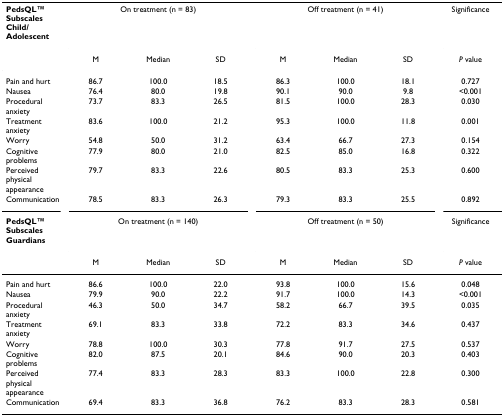
<table><thead><tr><td><b>PedsQLTM Subscales Child/Adolescent</b></td><td colspan="3"><b>On treatment (n = 83)</b></td><td colspan="3"><b>Off treatment (n = 41)</b></td><td><b>Significance</b></td></tr><tr><td></td><td><b>M</b></td><td><b>Median</b></td><td><b>SD</b></td><td><b>M</b></td><td><b>Median</b></td><td><b>SD</b></td><td><b><i>P </i>value</b></td></tr></thead><tbody><tr><td>Pain and hurt</td><td>86.7</td><td>100.0</td><td>18.5</td><td>86.3</td><td>100.0</td><td>18.1</td><td>0.727</td></tr><tr><td>Nausea</td><td>76.4</td><td>80.0</td><td>19.8</td><td>90.1</td><td>90.0</td><td>9.8</td><td>&lt;0.001</td></tr><tr><td>Procedural anxiety</td><td>73.7</td><td>83.3</td><td>26.5</td><td>81.5</td><td>100.0</td><td>28.3</td><td>0.030</td></tr><tr><td>Treatment anxiety</td><td>83.6</td><td>100.0</td><td>21.2</td><td>95.3</td><td>100.0</td><td>11.8</td><td>0.001</td></tr><tr><td>Worry</td><td>54.8</td><td>50.0</td><td>31.2</td><td>63.4</td><td>66.7</td><td>27.3</td><td>0.154</td></tr><tr><td>Cognitive problems</td><td>77.9</td><td>80.0</td><td>21.0</td><td>82.5</td><td>85.0</td><td>16.8</td><td>0.322</td></tr><tr><td>Perceived physical appearance</td><td>79.7</td><td>83.3</td><td>22.6</td><td>80.5</td><td>83.3</td><td>25.3</td><td>0.600</td></tr><tr><td>Communication</td><td>78.5</td><td>83.3</td><td>26.3</td><td>79.3</td><td>83.3</td><td>25.5</td><td>0.892</td></tr><tr><td><b>PedsQLTM Subscales Guardians</b></td><td colspan="3">On treatment (n = 140)</td><td colspan="3">Off treatment (n = 50)</td><td>Significance</td></tr><tr><td></td><td>M</td><td>Median</td><td>SD</td><td>M</td><td>Median</td><td>SD</td><td><i>P </i>value</td></tr><tr><td>Pain and hurt</td><td>86.6</td><td>100.0</td><td>22.0</td><td>93.8</td><td>100.0</td><td>15.6</td><td>0.048</td></tr><tr><td>Nausea</td><td>79.9</td><td>90.0</td><td>22.2</td><td>91.7</td><td>100.0</td><td>14.3</td><td>&lt;0.001</td></tr><tr><td>Procedural anxiety</td><td>46.3</td><td>50.0</td><td>34.7</td><td>58.2</td><td>66.7</td><td>39.5</td><td>0.035</td></tr><tr><td>Treatment anxiety</td><td>69.1</td><td>83.3</td><td>33.8</td><td>72.2</td><td>83.3</td><td>34.6</td><td>0.437</td></tr><tr><td>Worry</td><td>78.8</td><td>100.0</td><td>30.3</td><td>77.8</td><td>91.7</td><td>27.5</td><td>0.537</td></tr><tr><td>Cognitive problems</td><td>82.0</td><td>87.5</td><td>20.1</td><td>84.6</td><td>90.0</td><td>20.3</td><td>0.403</td></tr><tr><td>Perceived physical appearance</td><td>77.4</td><td>83.3</td><td>28.3</td><td>83.3</td><td>100.0</td><td>22.8</td><td>0.300</td></tr><tr><td>Communication</td><td>69.4</td><td>83.3</td><td>36.8</td><td>76.2</td><td>83.3</td><td>28.3</td><td>0.581</td></tr></tbody></table>